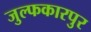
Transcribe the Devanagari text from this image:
जुल्फकारपुर